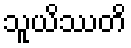
သူယိဿတိ